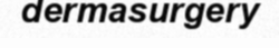
dermasurgery